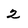
Character: 2